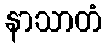
နာသာတံ